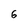
Character: 6